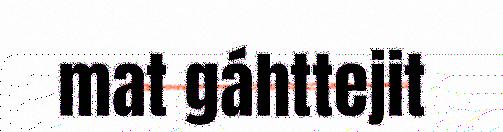
mat gáhttejit